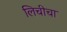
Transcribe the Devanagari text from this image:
लिचीचा